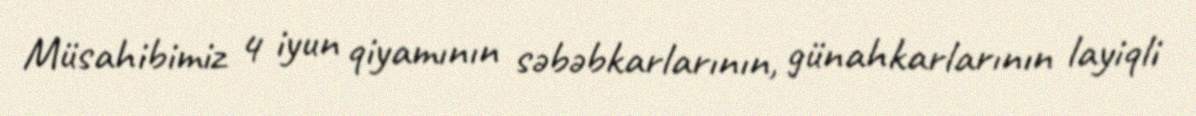
Müsahibimiz 4 iyun qiyamının səbəbkarlarının, günahkarlarının layiqli